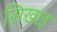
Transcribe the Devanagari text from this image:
सिखाइ